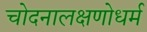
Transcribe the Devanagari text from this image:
चोदनालक्षणोधर्म